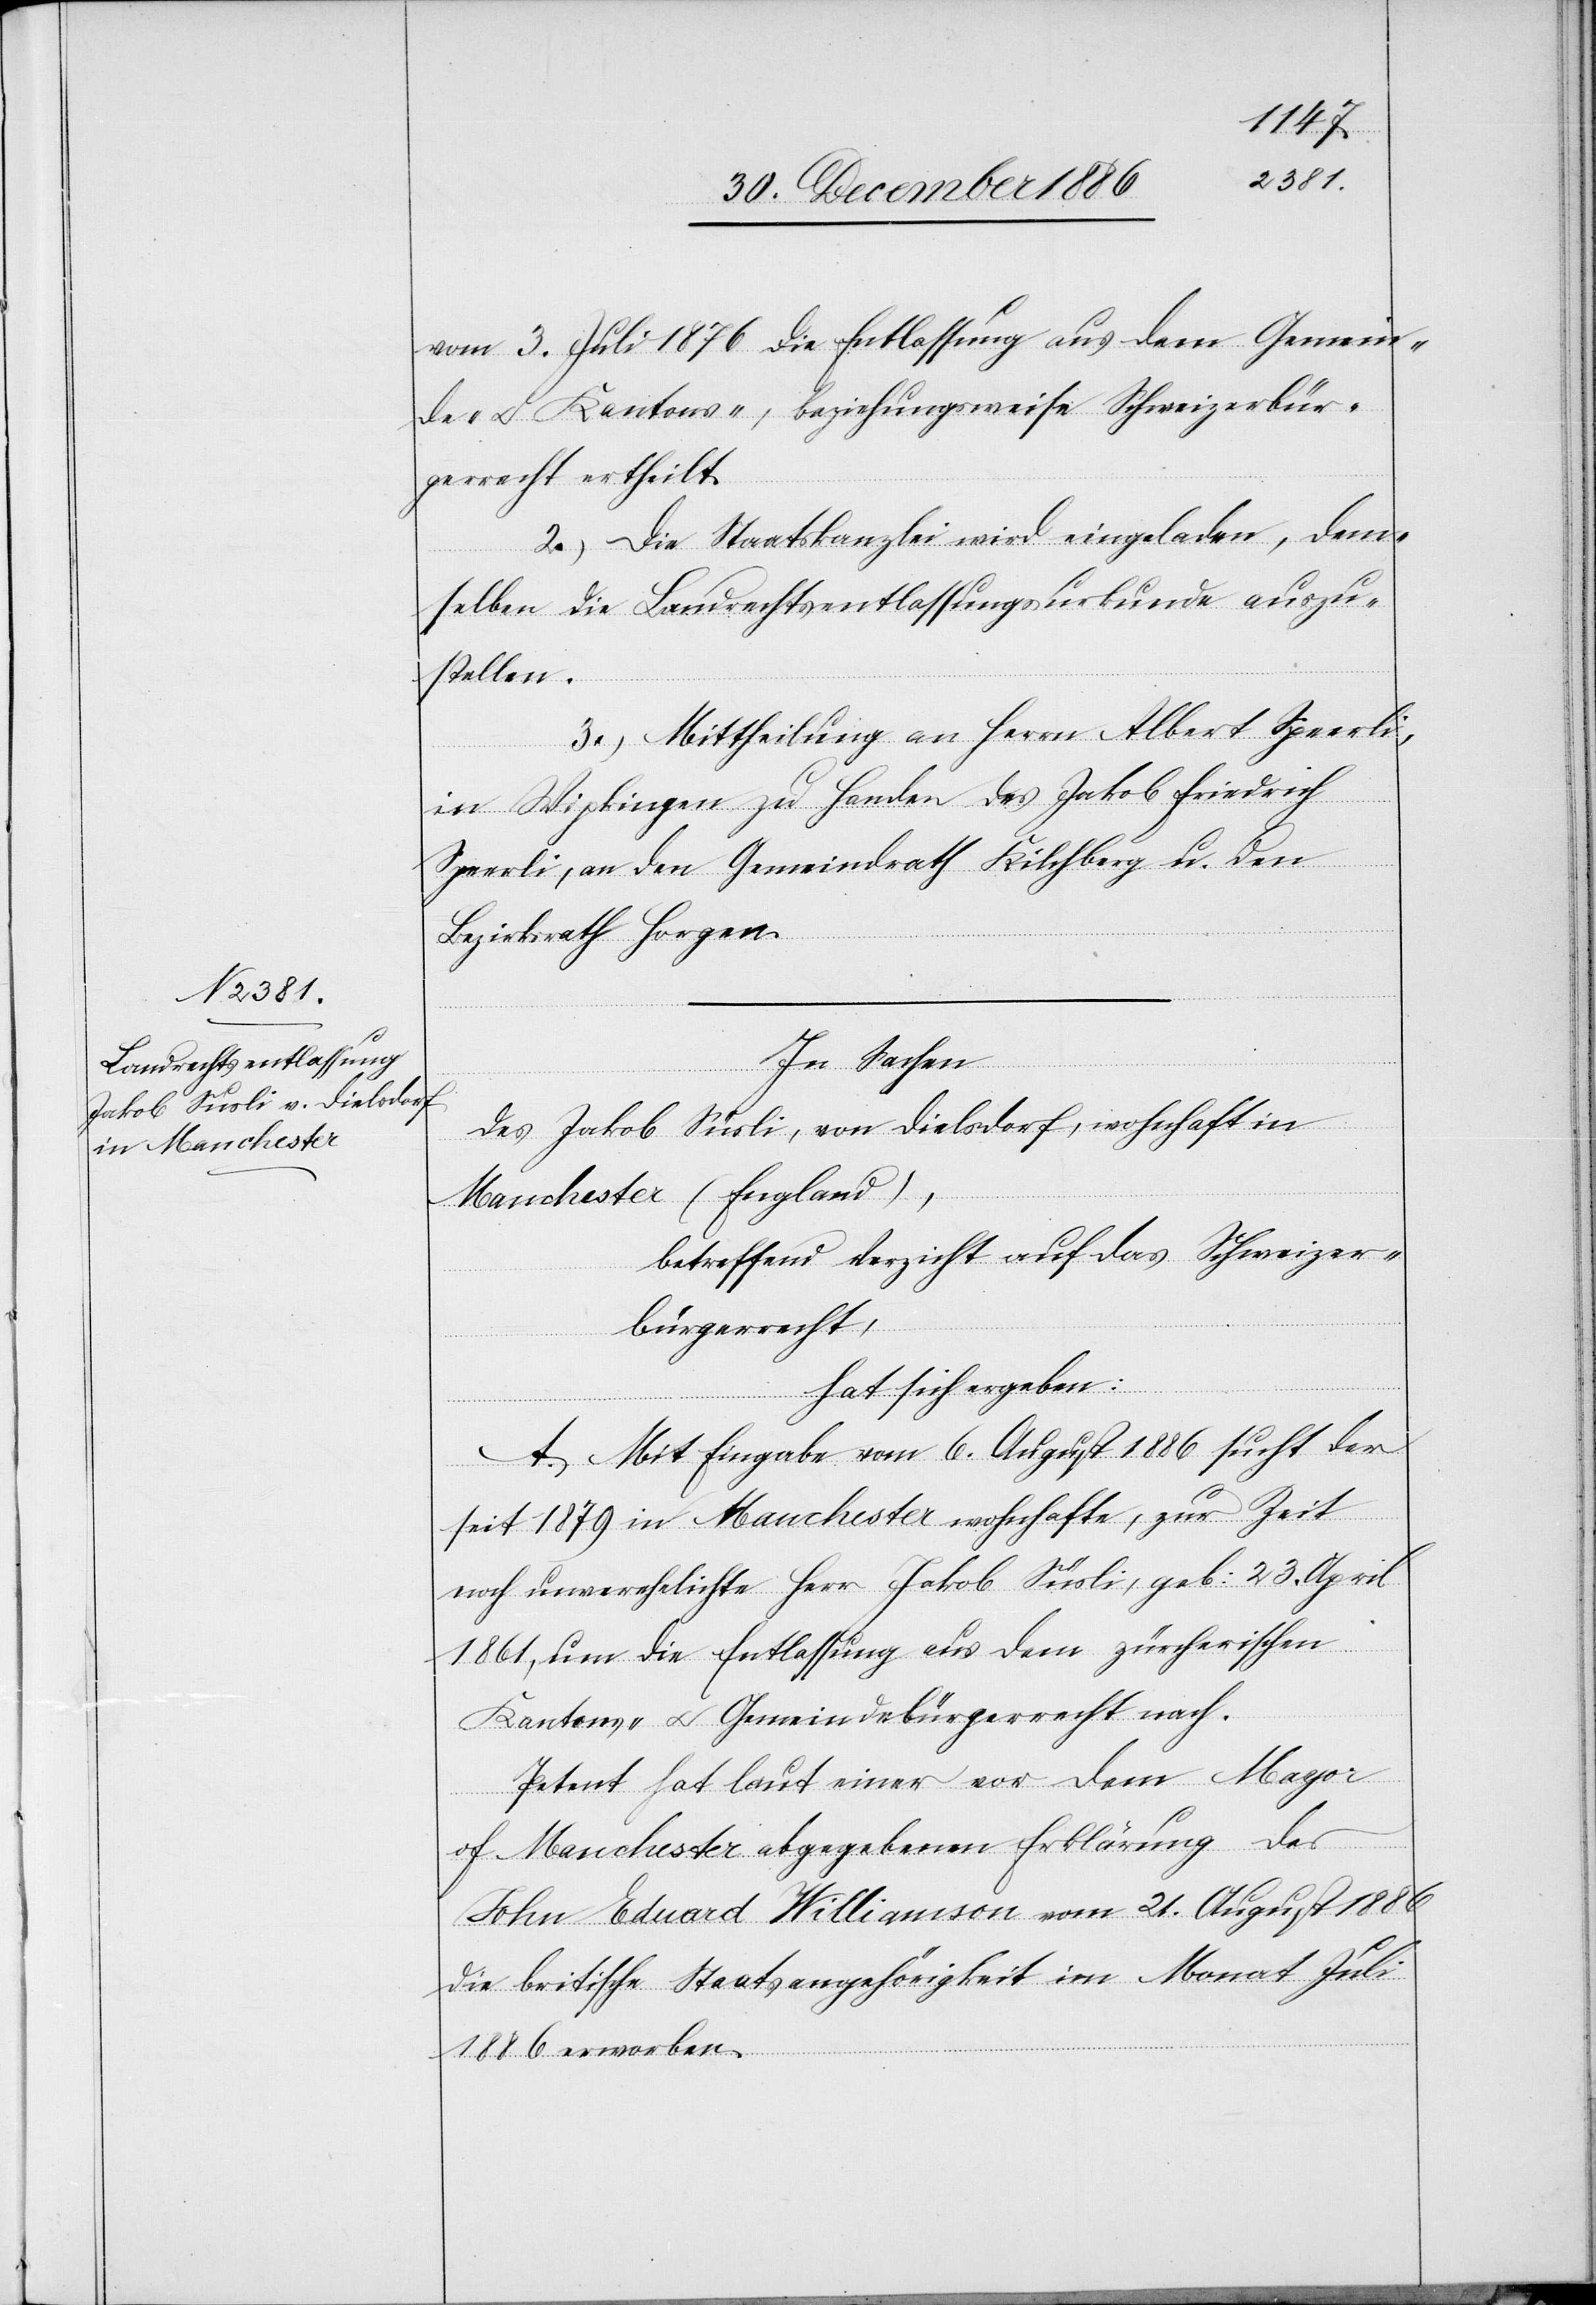
vom 3. Juli 1876 die Entlassung aus dem Gemein¬
de- & Kantons-, beziehungsweise Schweizerbür¬
gerrecht ertheilt.
2.) Die Staatskanzlei wird eingeladen, dem¬
selben die Landrechtsentlassungsurkunde auszu¬
stellen.
3.) Mittheilung an Herrn Albert Speerli,
in Wipkingen zu Handen des Jakob Friedrich
Speerli, an den Gemeindrath Kilchberg u. den
Bezirksrath Horgen.
In Sachen
des Jakob Süsli [sic!], von Dielsdorf, wohnhaft in
Manchester (England),
betreffend Verzicht auf das Schweizer¬
bürgerrecht,
hat sich ergeben:
A. Mit Eingabe vom 6. August 1886 sucht der
seit 1879 in Manchester wohnhafte, zur Zeit
noch unverehelichte Herr Jakob Süsli, geb: 23. April
1861, um die Entlassung aus dem zürcherischen
Kantons- & Gemeindebürgerrecht nach.
Petent hat laut einer vor dem Mayor
of Manchester abgegebenen Erklärung des
John Eduard Williamson vom 21. August 1886
die britische Staatsangehörigkeit im Monat Juli
1886 erworben.